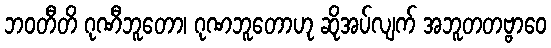
ဘဝတီတိ ဂုဏီဘူတော၊ ဂုဏဘူတောဟု ဆိုအပ်လျက် အဘူတတဗ္ဗာဝေ